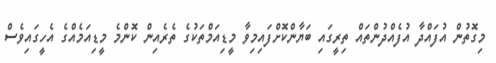
މިގޮތުން އުފައްދާ އުފެއްދުންތައް ތިރީގައި ބަޔާންކޮށްފައިމިވާ މީޑިއަމްތަކުގެ ތެރެއިން ކޮންމެ މީޑިއަމެއްގެ އެހީގައިވެސް